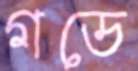
গডে